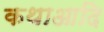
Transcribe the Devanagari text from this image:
कथाआदि